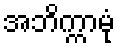
အဘိက္ကာမုံ